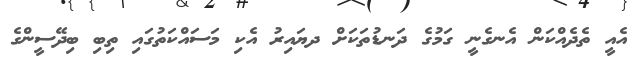
އެއީ ތެދެއްކަން އެނގެނީ ގަމުގެ ދަނޑުތަކަށް ދޔައިރު އެކި މަސައްކަތުގައި ތިބި ބިދޭސީންގެ